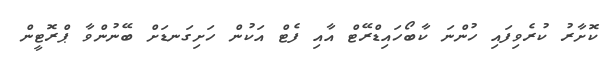
ކޮށާރު ކުރެވިފައި ހުންނަ ކާބޯހައިޑްރޭޓް އާއި ފެޓް އަކުން ހަށިގަނޑަށް ބޭނުންވާ ޕްރޮޓީން